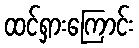
ထင်ရှားကြောင်း